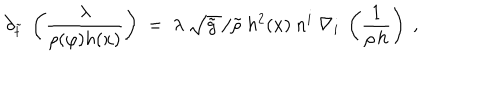
\partial _ { \tilde { t } } \ \left( \frac { \lambda } { \rho ( \varphi ) h ( x ) } \right) \; = \; \lambda \ \sqrt { \tilde { g } \; } / \tilde { \rho } \ h ^ { 2 } ( x ) \ n ^ { i } \ \nabla _ { i } \ \left( \frac { 1 } { \rho \, h } \right) \ ,